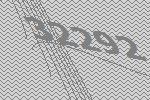
32292